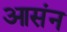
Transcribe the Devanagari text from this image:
आसंन